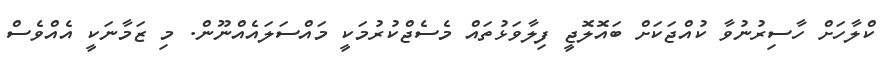
ކްލާހަށް ހާސިރުނުވާ ކުއްޖަކަށް ބައޮލޮޖީ ފިލާވަޅުތައް މެސެޖްކުރުމަކީ މައްސަލައެއްނޫން. މި ޒަމާނަކީ އެއްވެސް